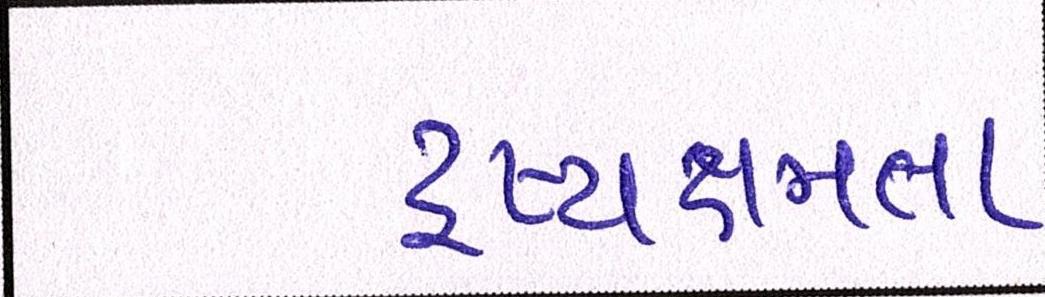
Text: દ્રષ્યક્ષમતા